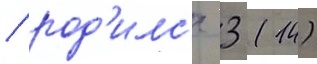
/ род'илс'я 3 (14)